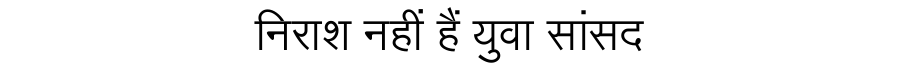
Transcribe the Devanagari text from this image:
निराश नहीं हैं युवा सांसद